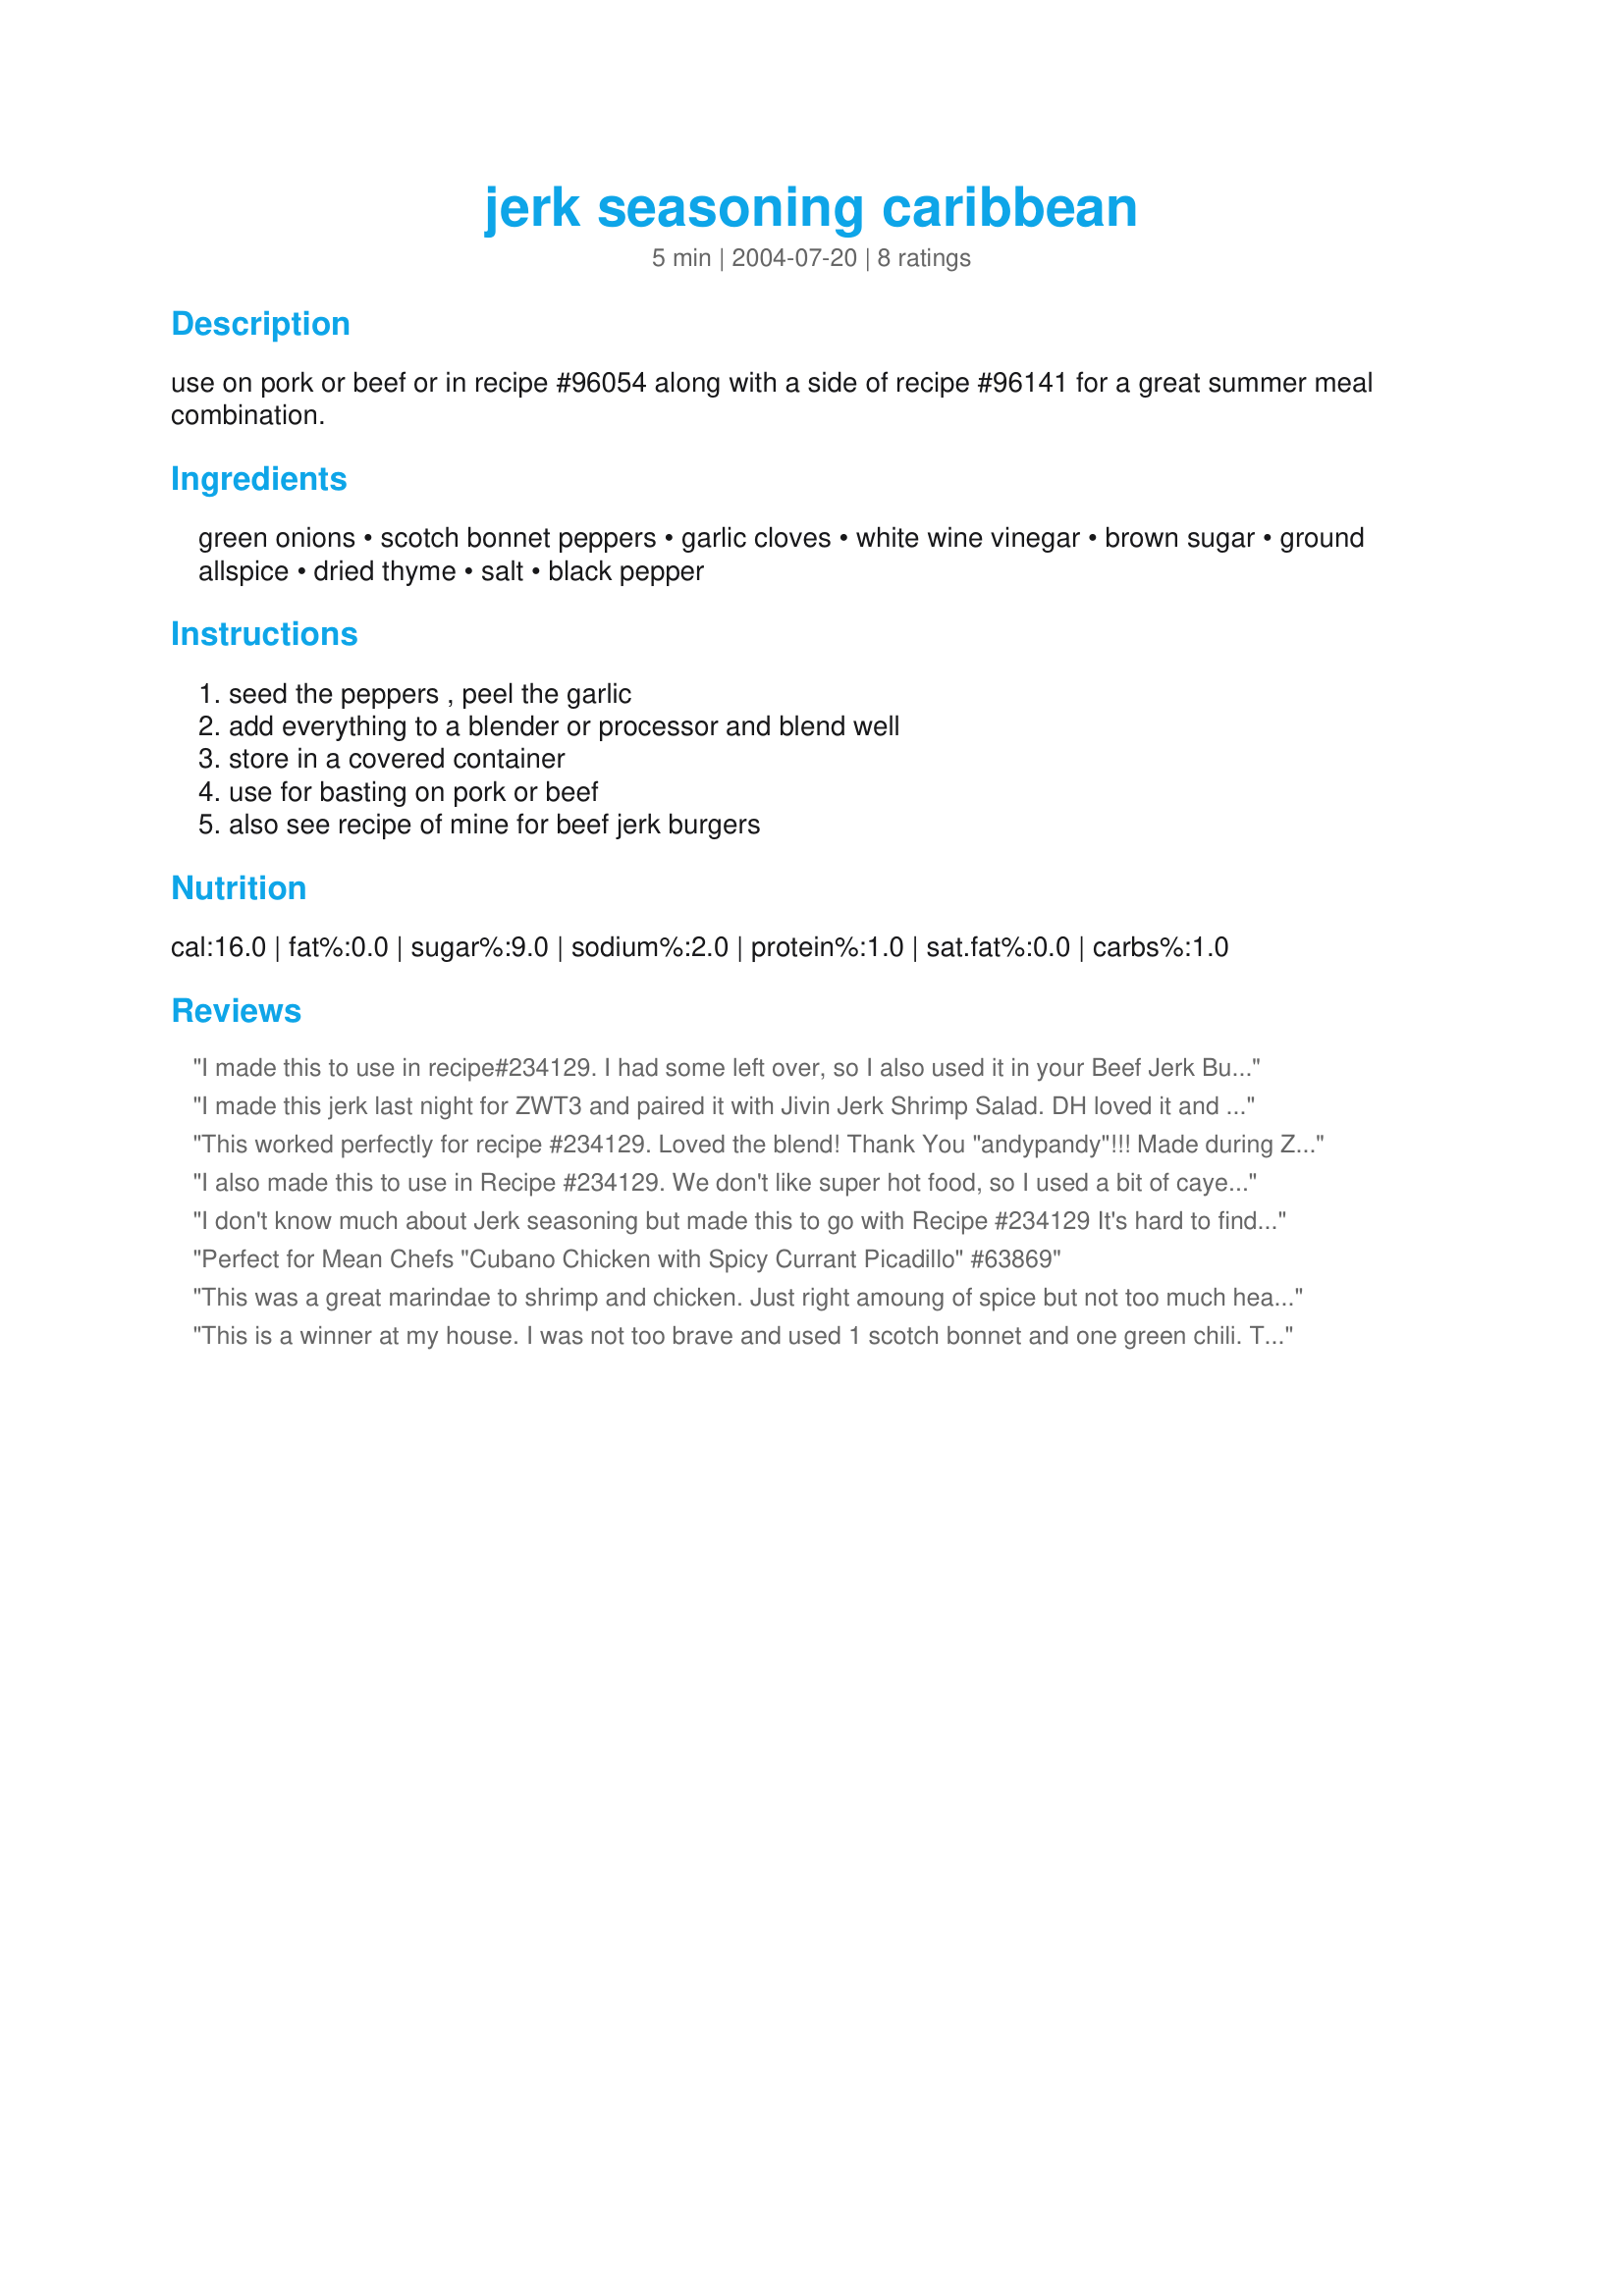
jerk seasoning caribbean
Preparation time: 5 minutes

use on pork or beef or in recipe #96054 along with a side of recipe #96141 for a great summer meal combination.

Ingredients:
green onions, scotch bonnet peppers, garlic cloves, white wine vinegar, brown sugar, ground allspice, dried thyme, salt, black pepper

Steps:
seed the peppers , peel the garlic, add everything to a blender or processor and blend well, store in a covered container, use for basting on pork or beef, also see recipe of mine for beef jerk burgers

Reviews:
I made this to use in recipe#234129. I had some left over, so I also used it in your Beef Jerk Burgers. This was a fabulous blend of flavors! It was hot, but was a flavorful heat. I left mine a little chunky, but it still marinated well. The best jerk I've ever had! Thanks andypandy!
I made this jerk last night for ZWT3 and paired it with Jivin Jerk Shrimp Salad.
DH loved it and said it had plenty of heat. The flavors were really good but I got some hot bites that made me saw Woo Hoo!
Next time I will try with Jalapenos, or mix the peppers.
This worked perfectly for recipe #234129. Loved the blend! Thank You "andypandy"!!! Made during ZWT3 by a Floozie- Remembering Amy.
I also made this to use in Recipe #234129. We don't like super hot food, so I used a bit of cayenne pepper instead of the scotch bonnet peppers. Other than that, great flavor in this seasoning! Liked it very much. Made for ZWT3.
I don't know much about Jerk seasoning but made this to go with Recipe #234129 It's hard to find scotch bonnet peppers here in Australia so instead I used some hot red peppers (chillies).
Perfect for Mean Chefs "Cubano Chicken with Spicy Currant Picadillo" #63869
This was a great marindae to shrimp and chicken. Just right amoung of spice but not too much heat. I put everything in my food processor and gave it a whirl. Super easy!
This is a winner at my house. I was not too brave and used 1 scotch bonnet and one green chili. This my husband said "Dont lose the recipe" I used this with the shrimp for the jerk challenge in Zaar tour 3.
Thank you so very much.
